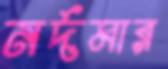
নর্দমার